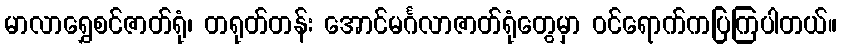
မာလာရွှေစင်ဇာတ်ရုံ၊ တရုတ်တန်း အောင်မင်္ဂလာဇာတ်ရုံတွေမှာ ဝင်ရောက်ကပြကြပါတယ်။